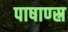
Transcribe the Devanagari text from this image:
पाषाण्स्र